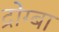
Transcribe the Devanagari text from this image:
द्रोग्बा